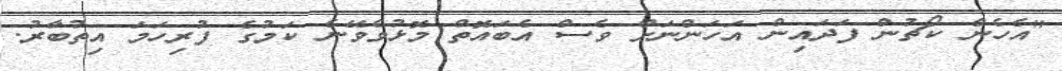
"އެހެން ކޯޗުން ފަދައިން އަހަންނަށް ވެސް އެބައޮތް މޮޅުވެވޭނެ ކަމުގެ ފުރިހަމަ އިތުބާރު.